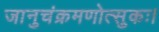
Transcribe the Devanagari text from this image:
जानुचंक्रमणोत्सुकः।